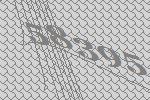
58395